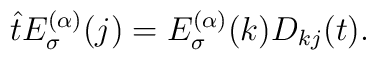
\hat tE_\sigma ^{(\alpha )}(j)=E_\sigma ^{(\alpha )}(k)D_{kj}(t).